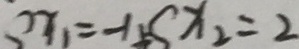
x _ { 1 } = - 1 S x _ { 2 } = 2